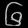
Digit: ၆